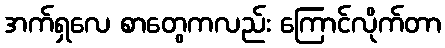
အက်ရှလေ စာတွေကလည်း ကြောင်လိုက်တာ